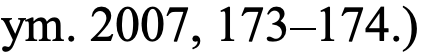
ym. 2007, 173–174.)